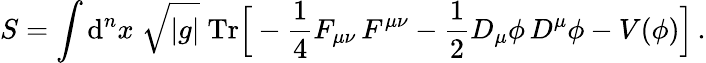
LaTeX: S=\int\mathrm{d}^{n}x\; \sqrt{|g|}\; \mathrm{Tr}\Big[-\frac{1}{4}F_{\mu\nu}\, F^{\mu\nu}-\frac{1}{2}{D}_{\mu}\phi\, {D}^{\mu}\phi-V(\phi)\Big]\, .